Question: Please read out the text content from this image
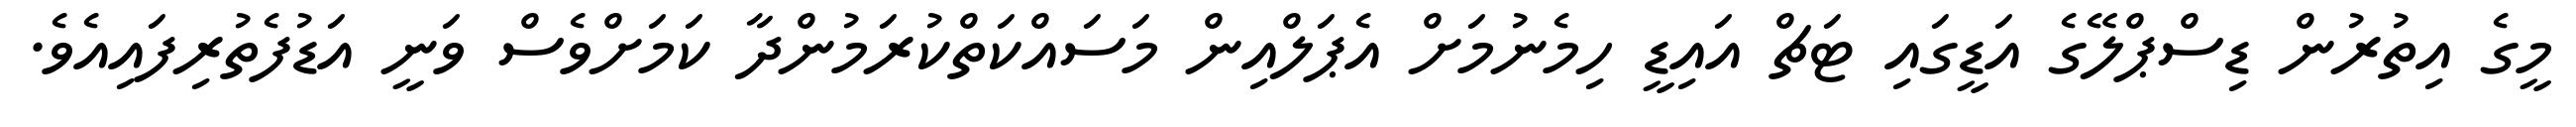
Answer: މީގެ އިތުރުން ޑިސްޕްލޭގެ އަޑީގައި ޓަޗް އައިޑީ ހިމެނުމަށް އެޕަލްއިން މަސައްކަތްކުރަމުންދާ ކަމަށްވެސް ވަނީ އަޑުފެތުރިފައިއެވެ.